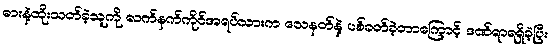
ဓားနဲ့ထိုးသတ်ခဲ့သူကို လက်နက်ကိုင်အရပ်သားက သေနတ်နဲ့ ပစ်ခတ်ခဲ့တာကြောင့် ဒဏ်ရာရရှိခဲ့ပြီး